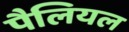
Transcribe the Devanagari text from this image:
पैलियल